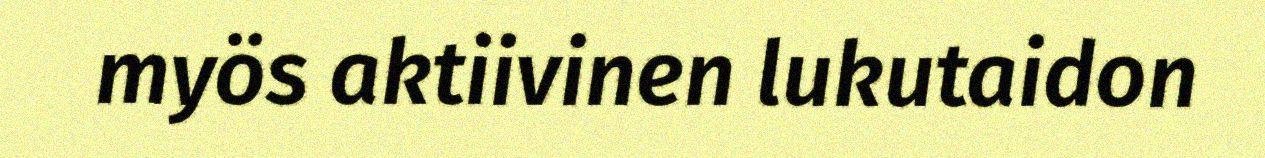
myös aktiivinen lukutaidon